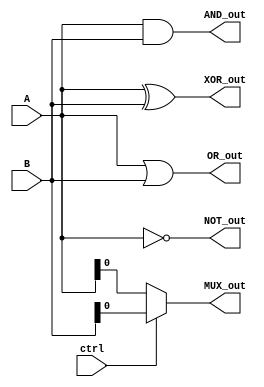
module comb_logic_block (
    // Inputs
    input wire [3:0] A, // 4-bit input A
    input wire [3:0] B, // 4-bit input B
    input wire ctrl,     // Control signal for MUX
    // Outputs
    output wire [3:0] AND_out,
    output wire [3:0] OR_out,
    output wire [3:0] NOT_out,
    output wire [3:0] XOR_out,
    output wire MUX_out
);

// AND operation
assign AND_out = A & B;

// OR operation
assign OR_out = A | B;

// NOT operation (inverting A)
assign NOT_out = ~A;

// XOR operation
assign XOR_out = A ^ B;

// 2-to-1 Multiplexer: Output A if ctrl is 0, else output B
assign MUX_out = ctrl ? B[0] : A[0]; // Example using the first bits of A and B

endmodule